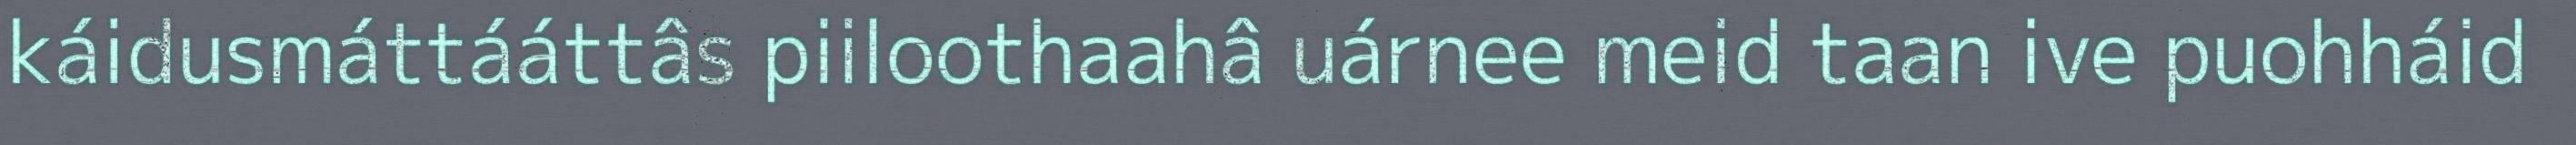
káidusmáttááttâs piiloothaahâ uárnee meid taan ive puohháid